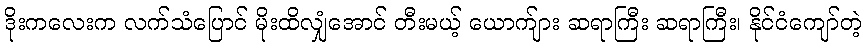
ဒိုးကလေးက လက်သံပြောင် မိုးထိလျှံအောင် တီးမယ့် ယောက်ျား ဆရာကြီး ဆရာကြီး၊ နိုင်ငံကျော်တဲ့